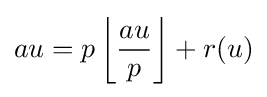
au=p\left\lfloor {\frac {au}{p}}\right\rfloor +r(u)